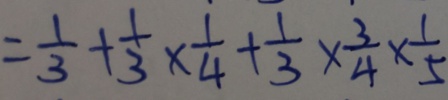
= \frac { 1 } { 3 } + \frac { 1 } { 3 } \times \frac { 1 } { 4 } + \frac { 1 } { 3 } \times \frac { 3 } { 4 } \times \frac { 1 } { 5 }